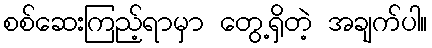
စစ်ဆေးကြည့်ရာမှာ တွေ့ရှိတဲ့ အချက်ပါ။